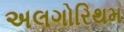
અલગોરિથમ